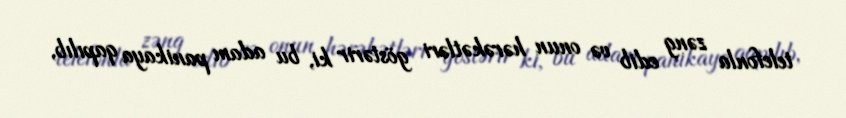
telefonla zəng edib və onun hərəkətləri göstərir ki, bu adam panikaya qapılıb,